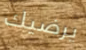
يرضيك